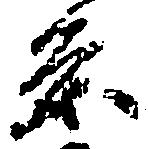
条